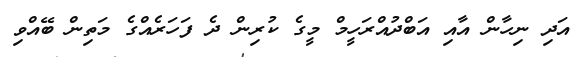
އަދި ނިހާން އާއި އަބްދުއްރަހީމް މީގެ ކުރިން ދެ ފަހަރެއްގެ މަތިން ބޭއްވި